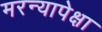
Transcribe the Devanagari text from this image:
मरन्यापेक्षा